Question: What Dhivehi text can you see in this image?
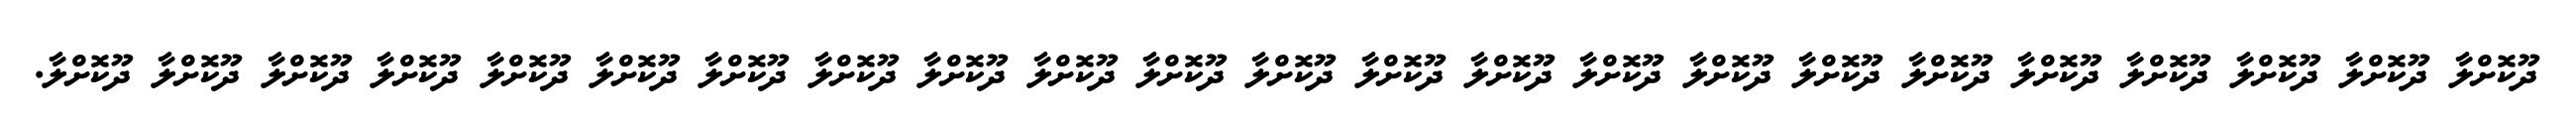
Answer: ދޫކޮށްލާ ދޫކޮށްލާ ދޫކޮށްލާ ދޫކޮށްލާ ދޫކޮށްލާ ދޫކޮށްލާ ދޫކޮށްލާ ދޫކޮށްލާ ދޫކޮށްލާ ދޫކޮށްލާ ދޫކޮށްލާ ދޫކޮށްލާ ދޫކޮށްލާ ދޫކޮށްލާ ދޫކޮށްލާ ދޫކޮށްލާ ދޫކޮށްލާ ދޫކޮށްލާ ދޫކޮށްލާ ދޫކޮށްލާ ދޫކޮށްލާ ދޫކޮށްލާ ދޫކޮށްލާ.